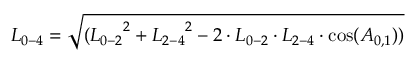
{ L _ { 0 - 4 } } = \sqrt { ( { L _ { 0 - 2 } } ^ { 2 } + { L _ { 2 - 4 } } ^ { 2 } - 2 \cdot { L _ { 0 - 2 } } \cdot { L _ { 2 - 4 } } \cdot \cos ( { A _ { 0 , 1 } } ) ) }